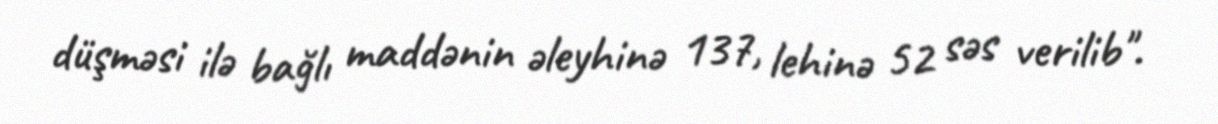
düşməsi ilə bağlı maddənin əleyhinə 137, lehinə 52 səs verilib".